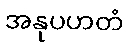
အနုပဟတံ